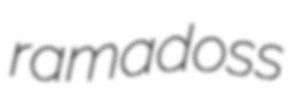
ramadoss